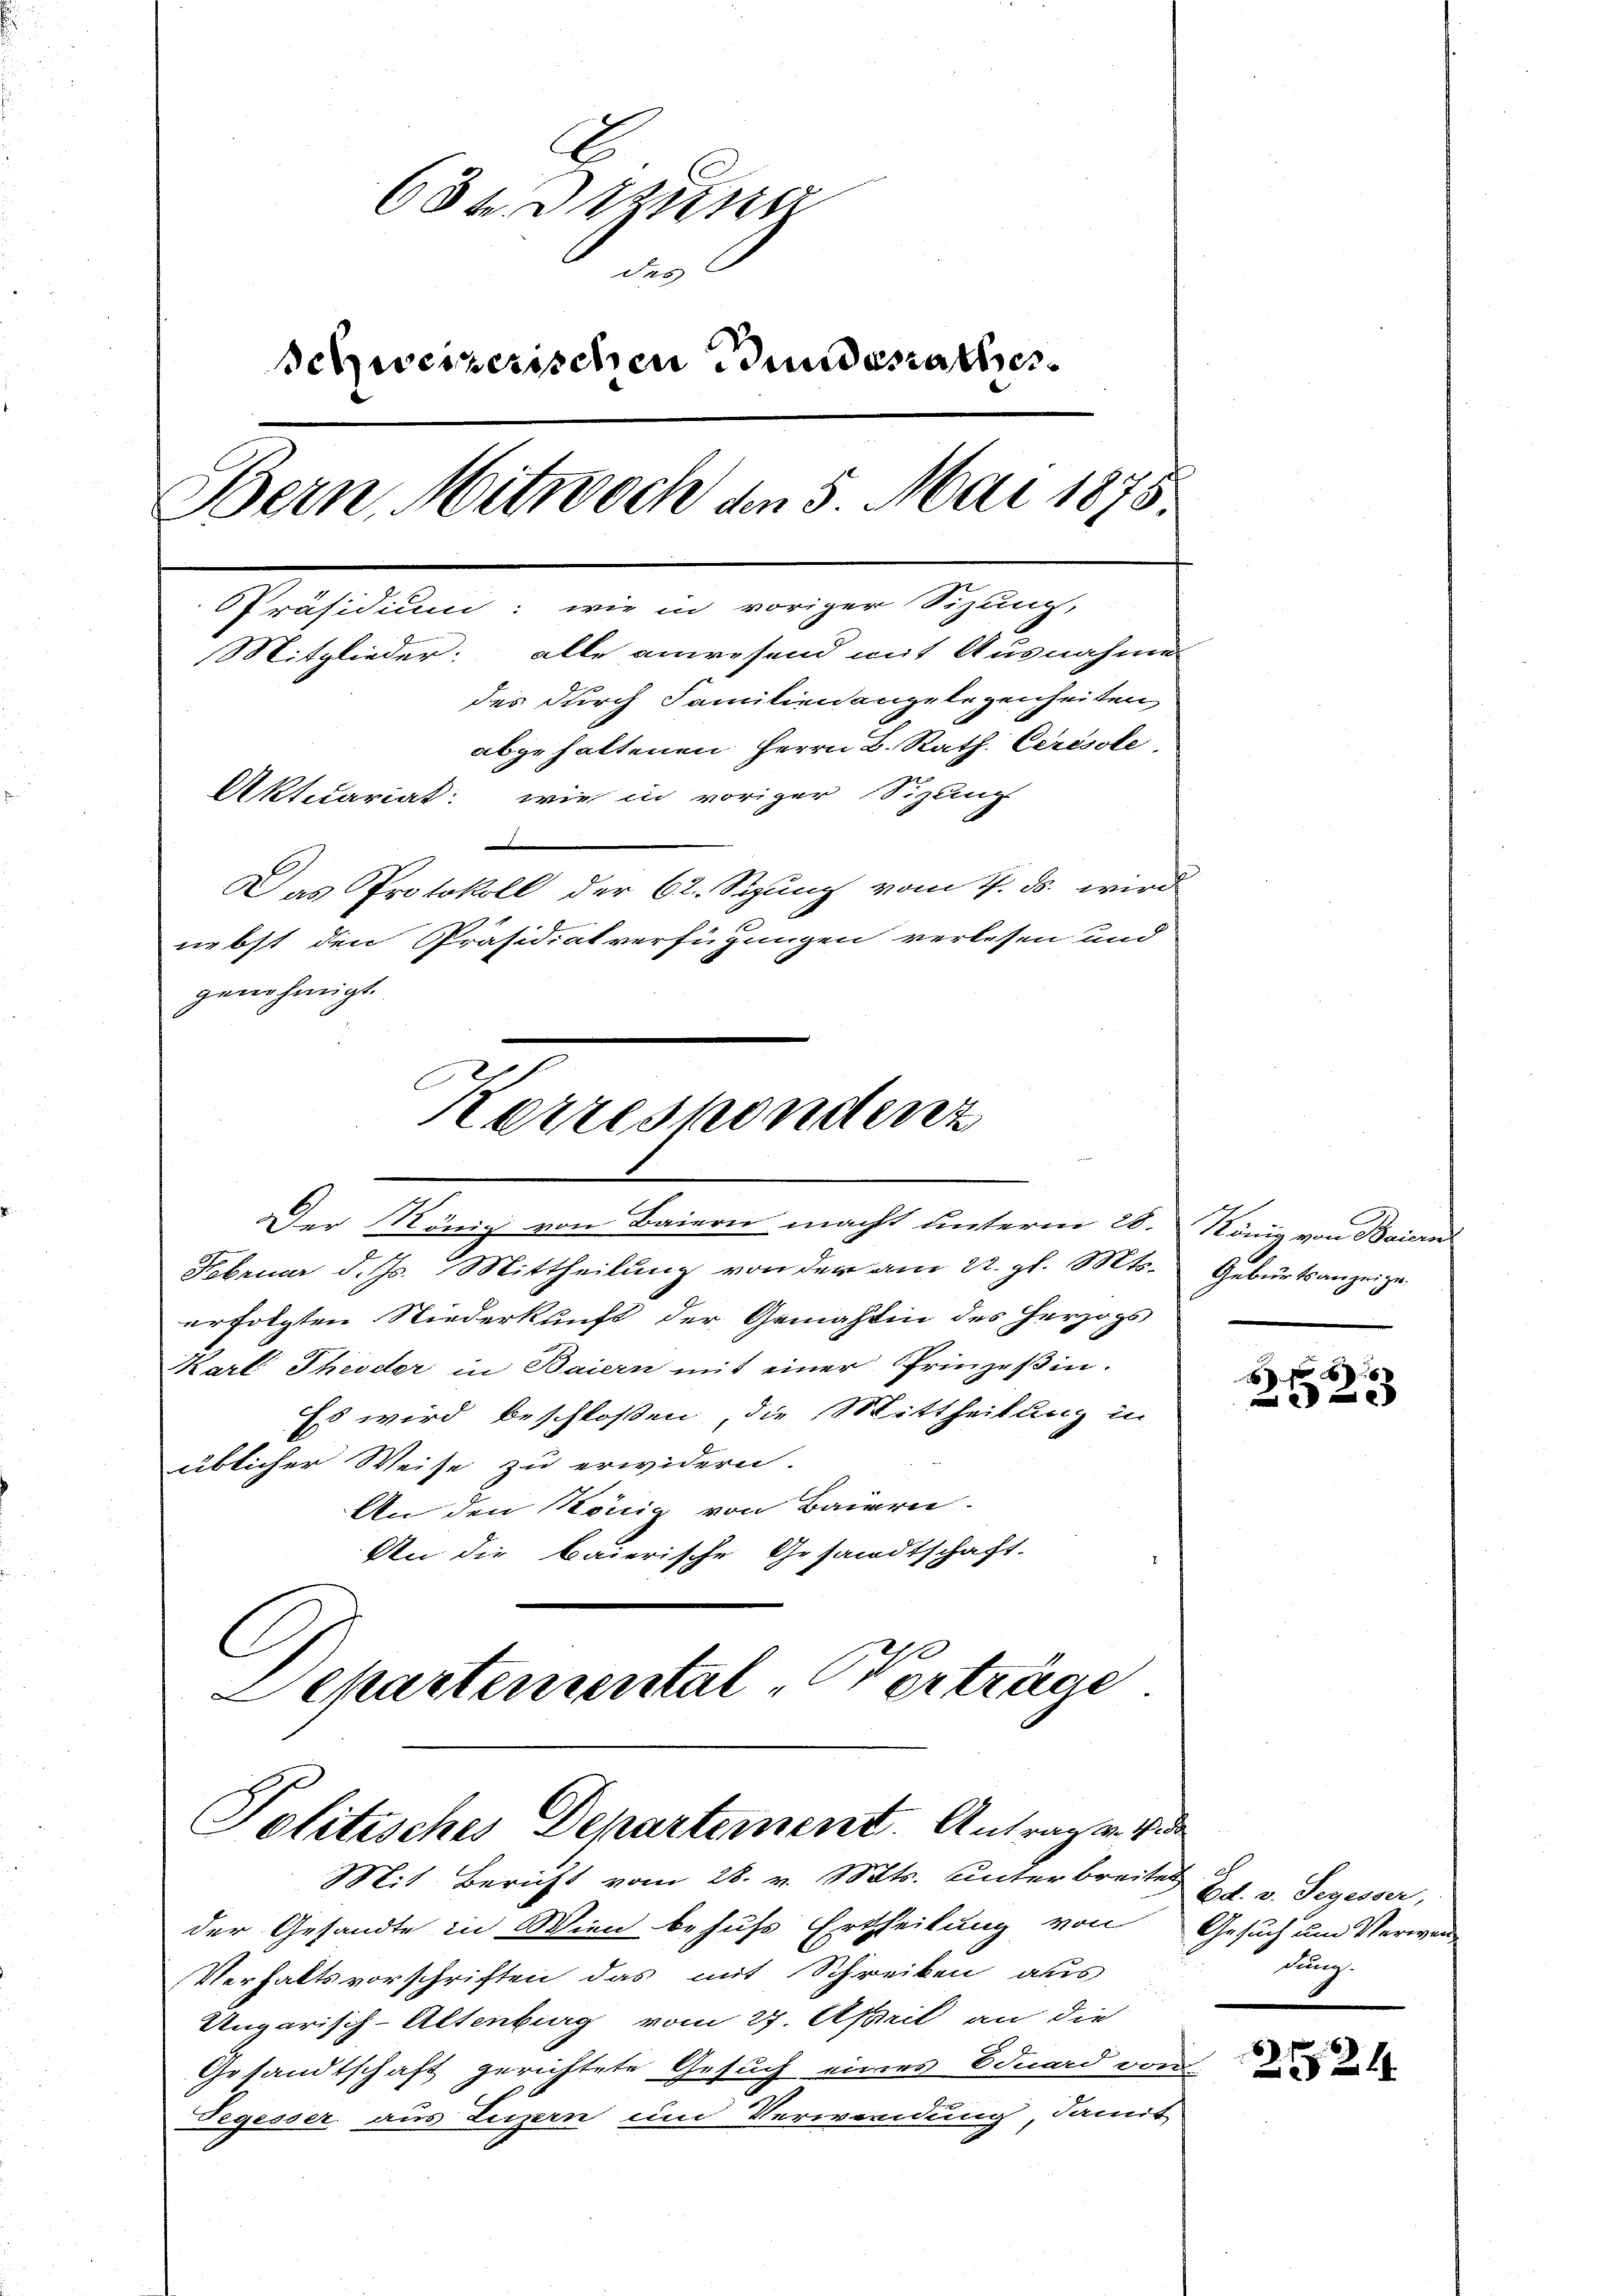
68. Den
des
Schweizerischen Bundesrathes
Bern, Mitwoch an 5. Mai 1875.
PPräsidium: wie in voriger Sizung,
Mitglieder: alle anwesend mit Ausnahme
des durch Familien angelegenheiten,
abgehaltenen Herrn L. Rath. Cerésole
Aktuariat: wie in voriger Sizung
Das Protokoll der 62. Sepung vom 4. ds. wird
nebst den Präsidialverfügungen verlesen und
genehmigt.

Korrespondenz
Der König von Baiern macht unterm 28.

Februar d. Js. Mittheilung von der am 22. gl. Mt
erfolgten Niederkunft der Gemächtin des Herzogs
Karl Theoder in Baiern mit einer Prinzeßin.
Es wird beschlossen, die Mittheilung in
üblicher Weise zu erwidern.
An den König von Bauern.
An die baierische Gesandtschaft.
C
Departemental-Verträge

Politisches Departement. Antragen vie
Mit Bericht vom 28. v. Mts. unterbreitet Hr. v. Segesser,

der Gesandte in Wien behufs Ertheilung von
Verhaltsvorschriften das mit Schreiben aus
Ungarisch-Altenburg vom 27. April an die
Gesandtschaft gerichtete Gesuch eines Eduard von
Tegesser aus Luzern und Verwendung, damit

König von Baiern
Geburtsanzeige.

Gesuch um Verwande
dung.

221.